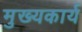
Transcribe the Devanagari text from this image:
मुख्यकार्य